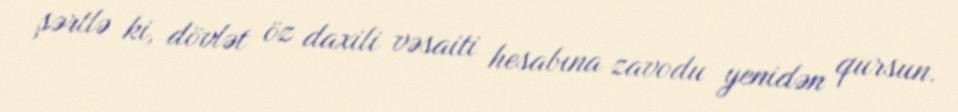
şərtlə ki, dövlət öz daxili vəsaiti hesabına zavodu yenidən qursun.